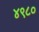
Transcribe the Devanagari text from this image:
४९८०